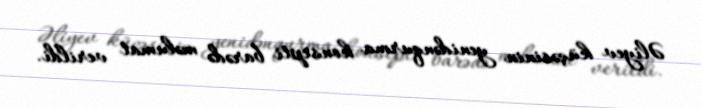
Əliyev küçəsinin yenidənqurma konsepti barədə məlumat verildi.